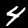
Digit: 4